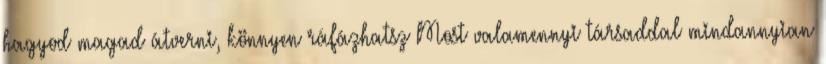
hagyod magad átverni, könnyen ráfázhatsz Most valamennyi társaddal mindannyian